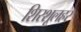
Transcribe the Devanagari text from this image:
शिरशूलहर